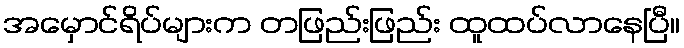
အမှောင်ရိပ်များက တဖြည်းဖြည်း ထူထပ်လာနေပြီ။